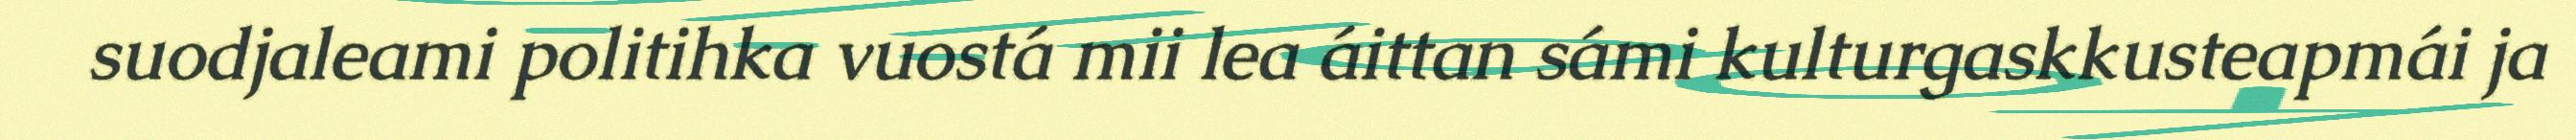
suodjaleami politihka vuostá mii lea áittan sámi kulturgaskkusteapmái ja